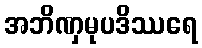
အဘိဏှမုပဒိဿရေ